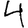
Digit: 4